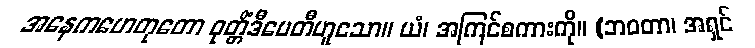
အနေကဟေတုတော ဝုတ္တိံဒီပေတီဟူသော။ ယံ၊ အကြင်စကားကို။ (ဘဝတာ၊ အရှင်